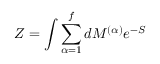
Z = \int \sum _ { \alpha = 1 } ^ { f } d M ^ { ( \alpha ) } e ^ { - S }